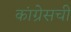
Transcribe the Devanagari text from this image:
कांग्रेसची